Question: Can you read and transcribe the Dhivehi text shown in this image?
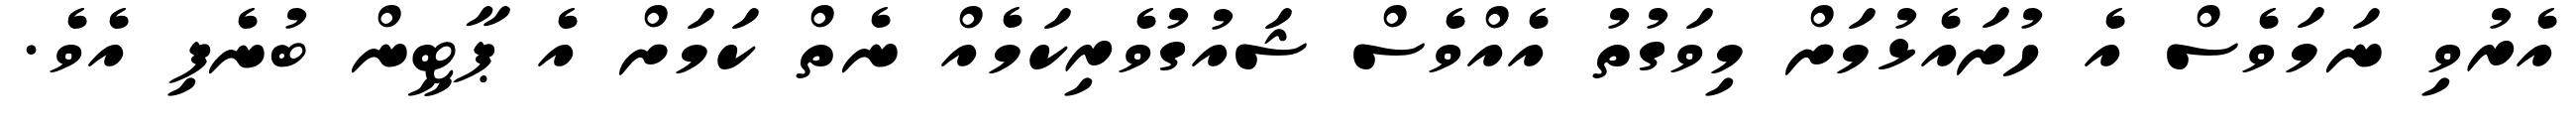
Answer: އެރުވި ނަމަވެސް އެ ހުށައެޅުމަށް މިވަގުތު އެއްވެސް ޝައުގުވެރިކަމެއް ނެތް ކަމަށް އެ ޕާޓީން ބުނެފި އެވެ.